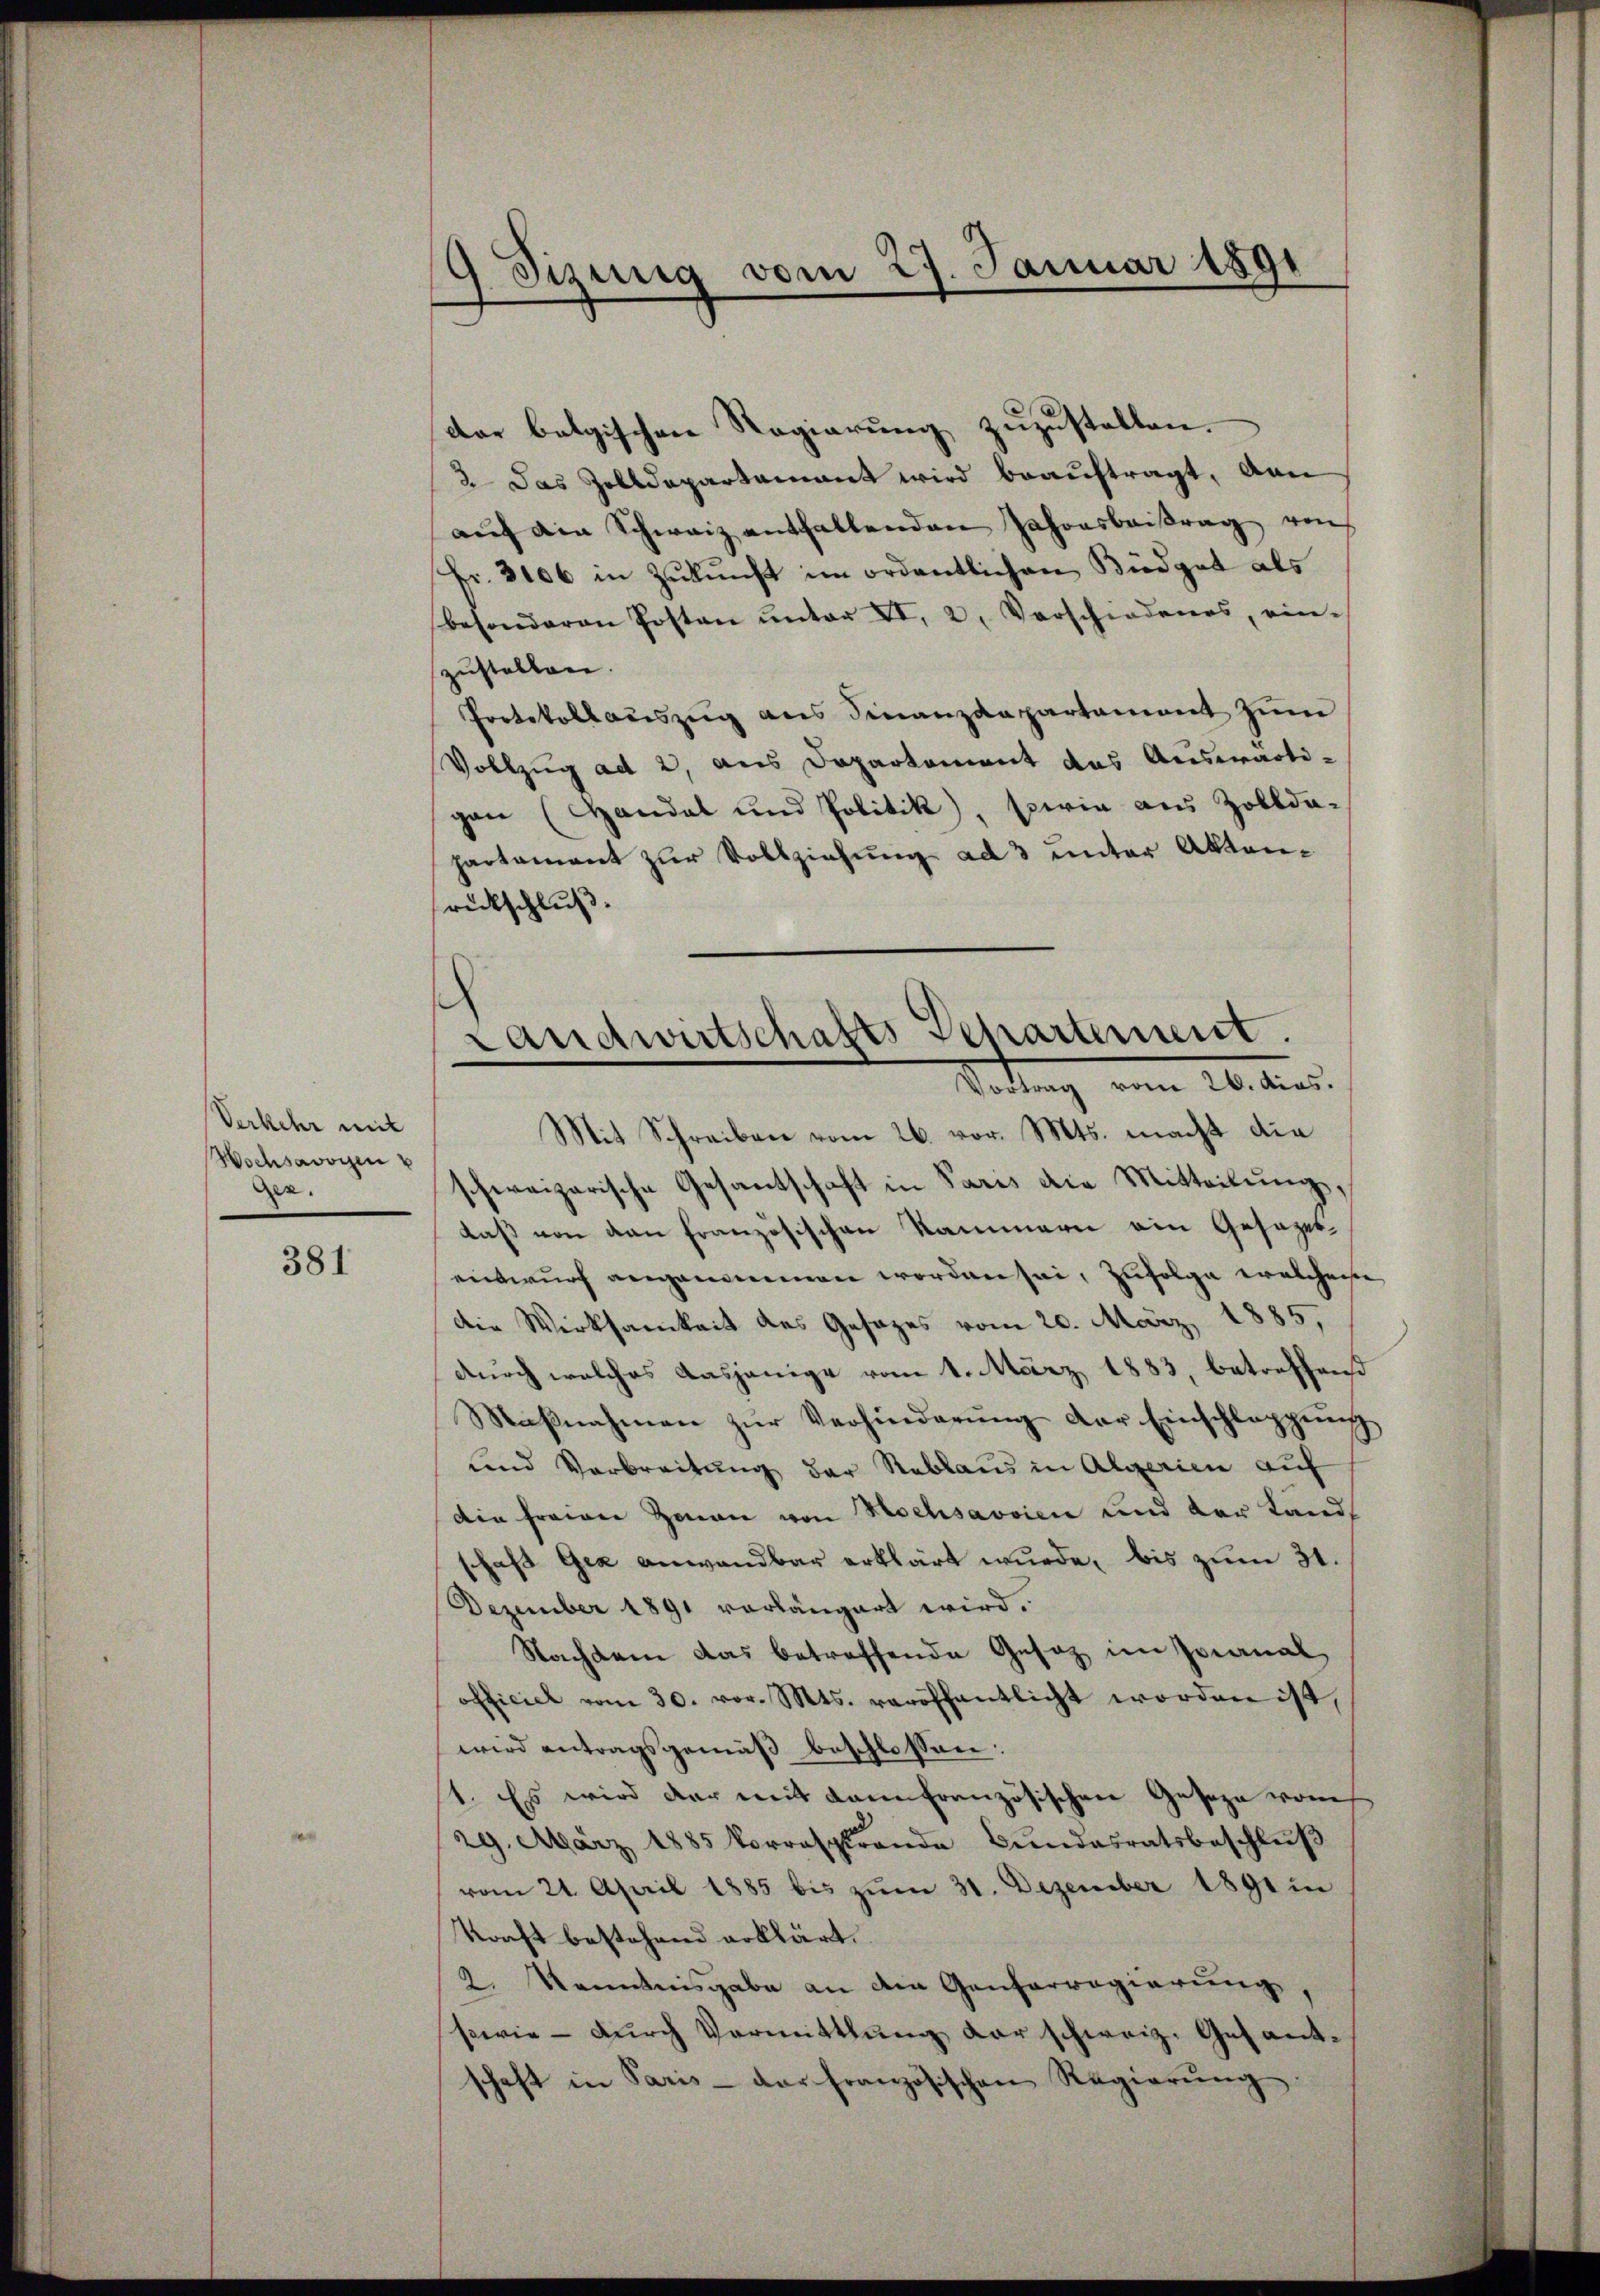
Verkehr mit
Wochsavoyen u
den.

381

Sizung vom 27. Januar 1891
.

dar belgischen Regierung zuzustellen.
2 das Zolldepartamant wird beauftragt, von
aŭf die Schweiz entfallenden Jahresbeitrag von
fr. 3106 in Zukunft im ordentlichen Büdget als
besonderen Posten ŭnter XI, 2. Vorschiedenes, ein-
zustellen.
Protokollauszug aus Finanzdepartament zum
Vollzug ad 2, aus Departement das Auswärtigen (Handel und Politik, sowie aus Zollda-
partament zur Vollziehung ad 3 unter Aktenrückschluß.
Mit Schreiben vom 26. vor. Mts. macht die
schweizerische Gesantschaft in Paris die Mitteilung,
daß von den französischen Kammern ein Gesezerentwurf angenommen worden sei, zufolge welcherse
Die Wirksamkeit des Gesezes vom 20. März 1885.
durch welches dasjenige vom 1. März 1883, betreffend
Maßnahmen zur Verhinderung der Einschleppung
und Verbreitung der Reblaus in Algerien auf
Die freier Zenau von Hochsavvien und der Lands
schaft Gia anwandbar erklärt wurde, bis zum 31.
Dezember 1891 vorlängert wird.
Nachdem das betreffende Gesatz im Pianal
officiel vom 30. vor. Mts. veröffentlicht worden ist,
wird antragsgemäß beschlossen:
1. Es wird der mit dem französischen Geseze vom
29. März 1885 korresprende Bŭndesratsbeschlŭβ
vom 21. April 1885 bis zŭm 31. Dezember 1891 in
Kraft bestehend erklärt.
2. Kenntnisgabe an die Genferregierung
swie - durch Vermittlung der schweiz. Gesant-
schaft in Paris - dar französischen Regierŭng

Landwirtschafts Departement.
Todlung vom 20. dies